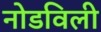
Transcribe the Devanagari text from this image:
नोडविली